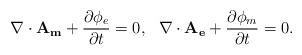
LaTeX: \begin{align*}\nabla\cdot\mathbf{A_m}+\frac{\partial\phi_e}{\partial t}=0,~~\nabla\cdot\mathbf{A_e}+\frac{\partial\phi_m}{\partial t}=0.\end{align*}